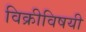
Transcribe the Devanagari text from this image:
विक्रीविषयी